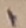
Text: 1